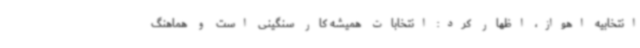
انتخابیه اهواز، اظهار کرد: انتخابات همیشه کار سنگینی است و هماهنگ